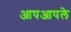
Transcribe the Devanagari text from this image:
आपआपले